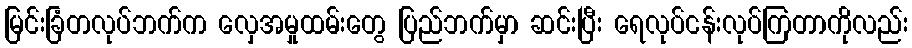
မြင်းခြံတလုပ်ဘက်က လှေအမှုထမ်းတွေ ပြည်ဘက်မှာ ဆင်းပြီး ရေလုပ်ငန်းလုပ်ကြတာကိုလည်း